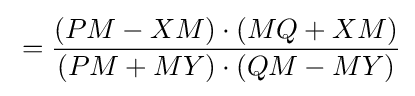
{}={(PM-XM)\cdot (MQ+XM) \over (PM+MY)\cdot (QM-MY)}